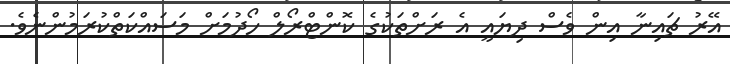
އޭރު ޗައިނާ އިން ވެސް ދިޔައީ އެ ރަށްތަކުގެ ކޮންޓްރޯލް ހޯދުމަށް މަސައްކަތްކުރަމުންނެވެ.